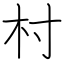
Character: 村